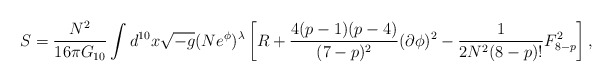
\begin{align*}S=\frac{N^2}{16\pi G_{10}}\int d^{10}x\sqrt{-g}(Ne^{\phi})^{\lambda} \left [R +\frac{4(p-1)(p-4)}{(7-p)^2}(\partial \phi)^2 - \frac{1}{2N^2(8-p)!}F^2_{8-p}\right],\end{align*}